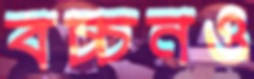
বচ্চনও